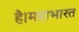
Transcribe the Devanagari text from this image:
है।महाभारत